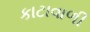
કાટાવાળી